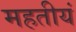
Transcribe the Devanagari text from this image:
महतीयं